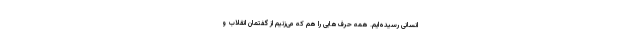
انسانی رسیده‌ایم. همه حرف‌هایی را هم که می‌زنیم از گفتمان انقلاب و